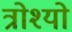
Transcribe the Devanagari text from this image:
त्रोश्यो